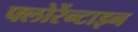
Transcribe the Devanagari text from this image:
फ्लोरेंन्टाइन